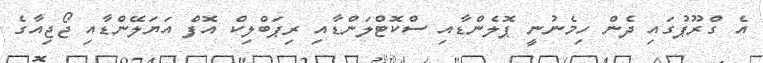
އެ ގްރޫޕުގައި ދެން ހިމެނުނީ ޕޮލެންޑާއި ސްކޮޓްލަންޑާއި ރިޕަބްލިކް އޮފް އަޔަލޭންޑާއި ޖޯޖިއާގެ